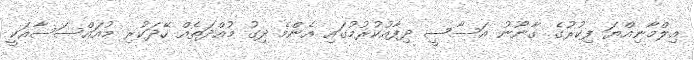
އިލްމާނިއްޔަ ފިކުރުގެ ގާނޫނު އަސާސީ ދިފާއުކުރުމުގައި އެންމެ ދިގު މުއްދަތެއް ހޭދަކުރި މުއައްސަސާއަކީ